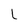
Character: L